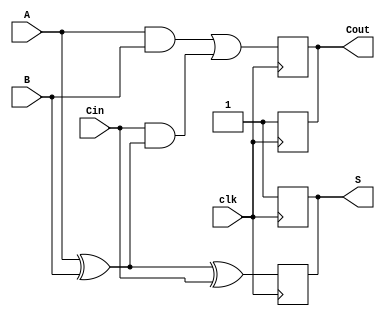
module DynamicFullAdder (
    input wire A,       // First binary input
    input wire B,       // Second binary input
    input wire Cin,     // Carry-in input
    input wire clk,     // Clock signal
    output reg S,       // Sum output
    output reg Cout     // Carry-out output
);

    reg precharge; // Precharge signal

    // Precharge phase
    always @(posedge clk) begin
        precharge <= 1; // Enable precharge
        S <= 1'b1;      // Precharge S to high
        Cout <= 1'b1;   // Precharge Cout to high
    end

    // Evaluation phase
    always @(negedge clk) begin
        precharge <= 0; // Disable precharge

        // Calculate sum and carry-out
        S <= A ^ B ^ Cin; // S = A XOR B XOR Cin
        Cout <= (A & B) | (Cin & (A ^ B)); // Cout = (A AND B) OR (Cin AND (A XOR B))
    end

endmodule